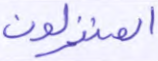
المنزلون